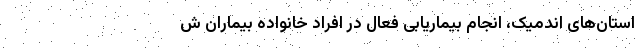
استان‌های اندمیک، انجام بیماریابی فعال در افراد خانواده بیماران ش